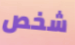
شخص